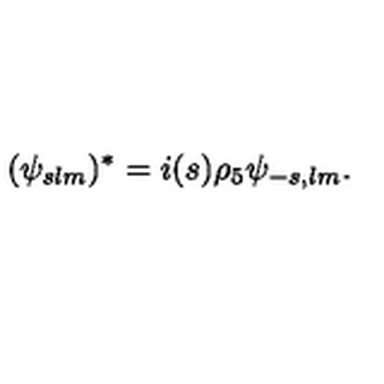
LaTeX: ( \psi _ { s l m } ) ^ { * } = i ( s ) \rho _ { 5 } \psi _ { - s , l m } .